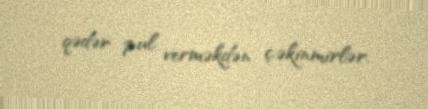
qədər pul verməkdən çəkinmirlər.